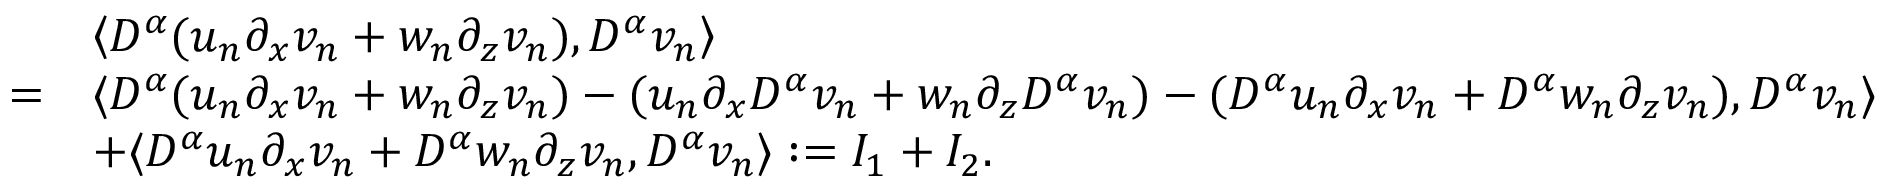
\begin{array} { r l } & { \left\langle D ^ { \alpha } ( u _ { n } \partial _ { x } v _ { n } + w _ { n } \partial _ { z } v _ { n } ) , D ^ { \alpha } v _ { n } \right\rangle } \\ { = } & { \langle D ^ { \alpha } ( u _ { n } \partial _ { x } v _ { n } + w _ { n } \partial _ { z } v _ { n } ) - ( u _ { n } \partial _ { x } D ^ { \alpha } v _ { n } + w _ { n } \partial _ { z } D ^ { \alpha } v _ { n } ) - ( D ^ { \alpha } u _ { n } \partial _ { x } v _ { n } + D ^ { \alpha } w _ { n } \partial _ { z } v _ { n } ) , D ^ { \alpha } v _ { n } \rangle } \\ & { + \langle D ^ { \alpha } u _ { n } \partial _ { x } v _ { n } + D ^ { \alpha } w _ { n } \partial _ { z } v _ { n } , D ^ { \alpha } v _ { n } \rangle : = I _ { 1 } + I _ { 2 } . } \end{array}